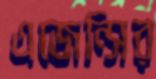
এজেন্সির